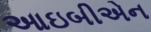
આઇબીએન